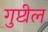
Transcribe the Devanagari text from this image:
गुप्टील